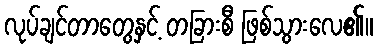
လုပ်ချင်တာတွေနှင့် တခြားစီ ဖြစ်သွားလေ၏။